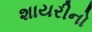
શાયરીનો